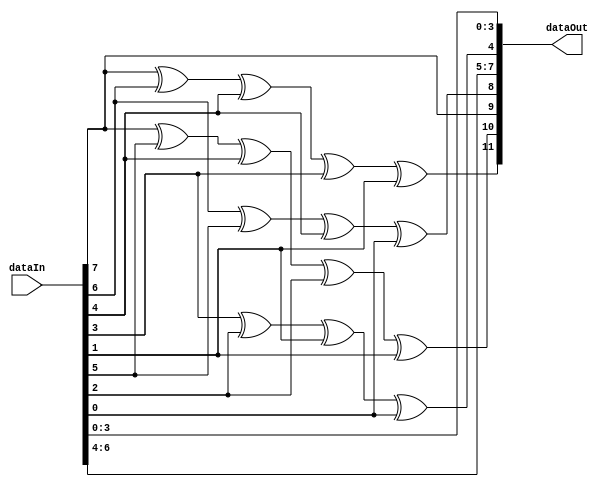
`timescale 1ns / 1ps

module AddParity(
input [1:8] dataIn,
output reg [1:12] dataOut
);

//Write your code below
//
//
always@(dataIn)
begin
dataOut[1] = (dataIn[1] ^ dataIn[2] ^ dataIn[4] ^ dataIn[5] ^ dataIn[7]);
dataOut[2] = (dataIn[1] ^ dataIn[3] ^ dataIn[4] ^ dataIn[6] ^ dataIn[7]);
dataOut[3] = dataIn[1];
dataOut[4] = (dataIn[2] ^ dataIn[3] ^ dataIn[4] ^ dataIn[8]);
dataOut[5] = dataIn[2];
dataOut[6] = dataIn[3];
dataOut[7] = dataIn[4];
dataOut[8] = (dataIn[5] ^ dataIn[6] ^ dataIn[7] ^ dataIn[8]);
dataOut[9] = dataIn[5];
dataOut[10] = dataIn[6];
dataOut[11] = dataIn[7];
dataOut[12] = dataIn[8];
end

endmodule




module CheckParity(
input [1:12] dataIn,
output reg [1:8] dataOut
);

//Write your code below
//
//
reg [1:4] C;
reg [1:8] myOut;
always@(dataIn)
begin
myOut[1] = dataIn[3];
myOut[2] = dataIn[5];
myOut[3] = dataIn[6];
myOut[4] = dataIn[7];
myOut[5] = dataIn[9];
myOut[6] = dataIn[10];
myOut[7] = dataIn[11];
myOut[8] = dataIn[12];

C[4] = (dataIn[1] ^ dataIn[3] ^ dataIn[5] ^ dataIn[7] ^ dataIn[9] ^ dataIn[11]);
C[3] = (dataIn[2] ^ dataIn[3] ^ dataIn[6] ^ dataIn[7] ^ dataIn[10] ^ dataIn[11]);
C[2] = (dataIn[4] ^ dataIn[5] ^ dataIn[6] ^ dataIn[7] ^ dataIn[12]);
C[1] = (dataIn[8] ^ dataIn[9] ^ dataIn[10] ^ dataIn[11] ^ dataIn[12]);




if(C==0 || C==1 || C==2 || C==4 || C==8||C>12)
begin
	dataOut = myOut;
end

else 
begin
	
    dataOut = myOut;
	 if(C==3) begin C=C-2;end
	 else if (C==5 || C==6 || C==7) begin C=C-3; end
	 else begin C=C-4;end
    dataOut[C] = (1^ dataOut[C]);
end

end
endmodule




module RAM(
input [7:0] dataIn, //0:read, 1:write
input clk,
input mode,
input [3:0] addr,
output reg [7:0] dataOut);

//Write your code below
//
//
reg [7:0] mem[15:0];
initial begin
mem[0] = 0;
mem[1] = 0;
mem[2] = 0;
mem[3] = 0;
mem[4] = 0;
mem[5] = 0;
mem[6] = 0;
mem[7] = 0;
mem[8] = 0;
mem[9] = 0;
mem[10] = 0;
mem[11] = 0;
mem[12] = 0;
mem[13] = 0;
mem[14] = 0;
mem[15] = 0;
end

always@(posedge clk)
begin
	if(mode==0)
	begin
		dataOut = mem[addr];
	end
	else
	begin
		mem[addr] = dataIn;
	end
end

endmodule




module SEC_MEM(
input [1:12] dataIn,
input clk,
input mode, //0:read, 1:write
input [3:0] addr,
output  [1:12] dataOut);

//DO NOT EDIT THIS MODULE
wire  [7:0]  ramDataIn;
wire  [7:0]  ramDataOut;
CheckParity CP(dataIn,ramDataIn);
RAM RM(ramDataIn, clk, mode, addr, ramDataOut);
AddParity AP(ramDataOut,dataOut);

endmodule